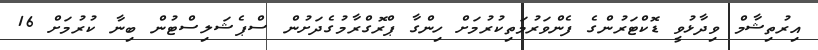
އިރުތިޝާމް ވިދާޅުވީ ޑޮކްޓަރުންގެ ފެންވަރުމަތިކުރުމަށް ހިންގާ ޕްރޮގްރާމުގެދަށުން ސްޕެޝަލިސްޓުން ބިނާ ކުރުމަށް 16